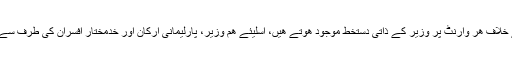
ملک کے اندر ھونے والی مداخلاتی کاروائيوں کے خلاف ھر وارنٹ پر وزير کے ذاتی دستخط موجود ھوتے ھيں، اسليئے ھم وزير، پارليمانی ارکان اور خدمختار افسران کی طرف سے ھونے والی تنقيدی تفتيش کے تابع اور جوابدہ ھيں۔